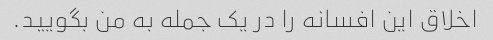
اخلاق این افسانه را در یک جمله به من بگویید.